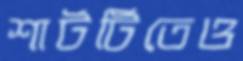
শার্টটিতেও